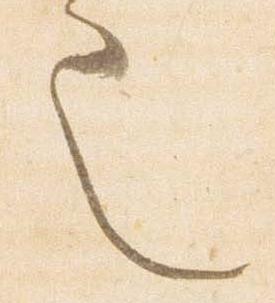
也